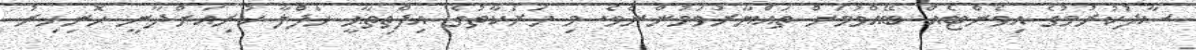
ސާފުކުރުމުގެ އިވެންޓެއް ބޭއްވުމަށް ތައްޔާރުވަމުންނެވެ. މި ހަރަކާތުގެ އިފްތިތާޙީ ހަފްލާ ކުރިއަށްދާނީ ހޮނިހިރު